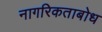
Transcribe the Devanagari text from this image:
नागरिकताबोध